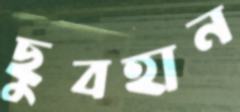
ছুবহান